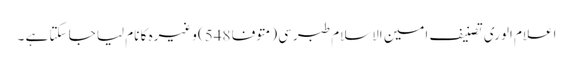
اعلام الوری تصنیف امین الاسلام طبرسی (متوفا 548) وغیرہ کا نام لیا جا سکتا ہے ۔